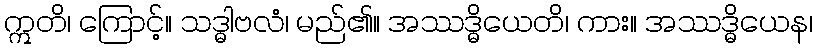
ဣတိ၊ ကြောင့်။ သဒ္ဓါဗလံ၊ မည်၏။ အဿဒ္ဓိယေတိ၊ ကား။ အဿဒ္ဓိယေန၊